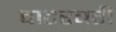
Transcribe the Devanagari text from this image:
वाटरबरी